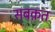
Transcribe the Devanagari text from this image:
सबक़त